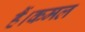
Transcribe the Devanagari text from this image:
हैं।कमल